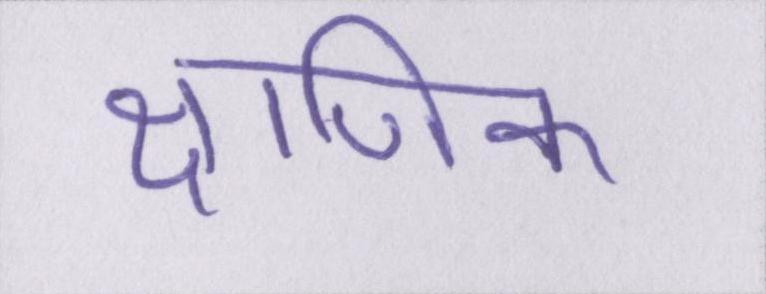
क्षणिक